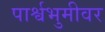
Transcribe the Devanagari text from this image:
पार्श्वभुमीवर